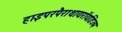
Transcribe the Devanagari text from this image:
हाइपरपैराथायरॉयडिज्म